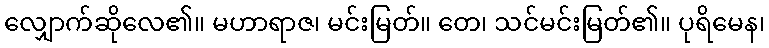
လျှောက်ဆိုလေ၏။ မဟာရာဇ၊ မင်းမြတ်။ တေ၊ သင်မင်းမြတ်၏။ ပုရိမေန၊